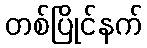
တစ်ပြိုင်နက်